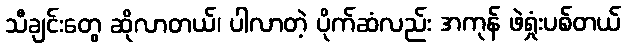
သီချင်းတွေ ဆိုလာတယ်၊ ပါလာတဲ့ ပိုက်ဆံလည်း အကုန် ဖဲရှုံးပစ်တယ်